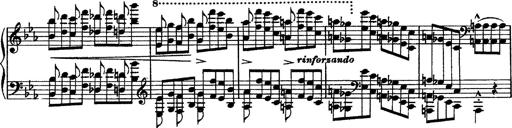
Title: Piano Sonata
Composer: Karl HÃ¤ssler
Key: C major